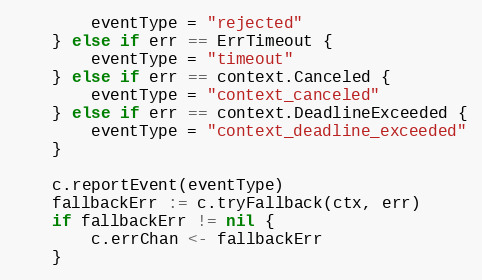
Language: Go
		eventType = "rejected"
	} else if err == ErrTimeout {
		eventType = "timeout"
	} else if err == context.Canceled {
		eventType = "context_canceled"
	} else if err == context.DeadlineExceeded {
		eventType = "context_deadline_exceeded"
	}

	c.reportEvent(eventType)
	fallbackErr := c.tryFallback(ctx, err)
	if fallbackErr != nil {
		c.errChan <- fallbackErr
	}